Day School Certificate (Higher). Junior Leaving Certificate, 1938
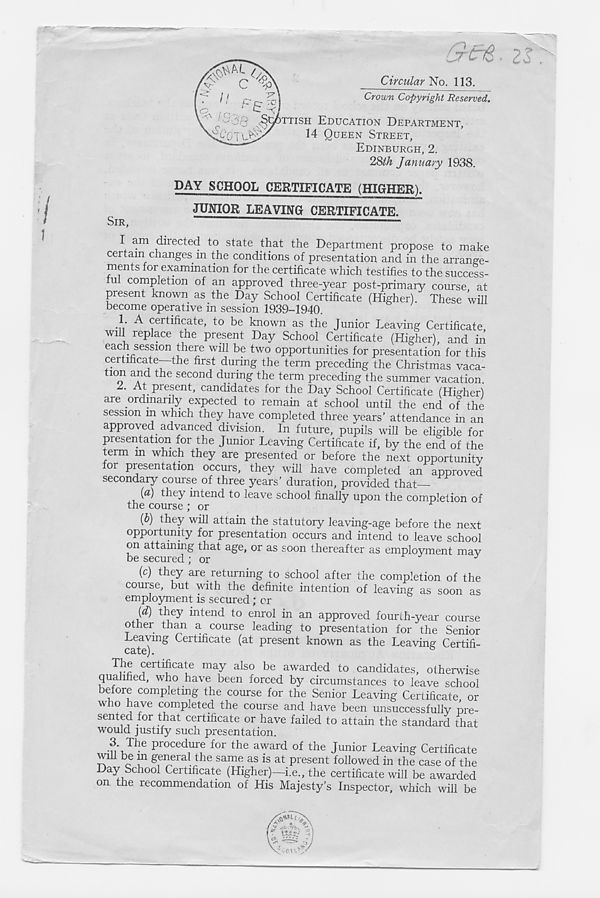
Circular No. 113.
Crown Copyright Reserved.
SIR,
TTISH EDUCATION DEPARTMENT,
14 QUEEN STREET,
EDINBURGH, 2.
2&th January 1938.
DAY SCHOOL CERTIFICATE (HIGHER).
JUNIOR LEAVING CERTIFICATE.
\
directed to state that the Department propose to make
certain changes m the conditions of presentation and in the arrange-
ments for examination for the certificate which testifies to the success-
tul completion of an approved three-year post-primary course at
present known as the Day School Certificate (Higher). These will
become operative in session 1939-1940.
.1. A certificate, to be known as the Junior Leaving Certificate
will replace the present Day School Certificate (Higher), and in
each session there will be two opportunities for presentation for this
certificate-—the first during the term preceding the Christmas vaca-
non and the second during the term preceding the summer vacation.
2. At present, candidates for the Day School Certificate (Higher)
are ordinarily expected to remain at school until the end of the
session m which they have completed three years’ attendance in an
approved, advanced division. In future, pupils will be eligible for
presentation for the Junior Leaving Certificate if, by the end of the
term m which they are presented or before the next opportunity
for presentation occurs, they will have completed an approved
secondary course of three years’ duration, provided that
(a) they intend to leave school finally upon the completion of
the course ; or
(b) they will attain the statutory leaving-age before the next
opportunity for presentation occurs and intend to leave school
on attaining that age, or as soon thereafter as employment may
be secured ; or
J
(c) they are. returning to school after the completion of the
course, but with the definite intention of leaving as soon as
employment is secured; or
(d) they intend to enrol in an approved fourth-year course
other than a course leading to presentation for the Senior
Leaving Certificate (at present known as the Leaving Certifi-
CcltGj •
The certificate may also be awarded to candidates, otherwise
qualified, who have been forced by circumstances to leave school
efore completing the course for the Senior Leaving Certificate or
who have completed the course and have been unsuccessfully pre-
sented foi that certificate or have failed to attain the standard that
would justify such presentation.
•TI’-U * e P roce<^ure f°r tim award of the Junior Leaving Certificate
wm be m general the same as is at present followed in the case of the
Day School Certificate (Higher)—i.e., the certificate will be awarded
on the recommendation of His Majesty’s Inspector, which will be